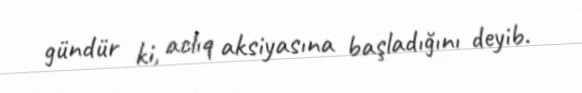
gündür ki, aclıq aksiyasına başladığını deyib.